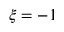
\xi = - 1